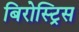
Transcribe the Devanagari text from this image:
बिरोस्ट्रिस